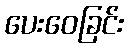
ပေးဝေခြင်း